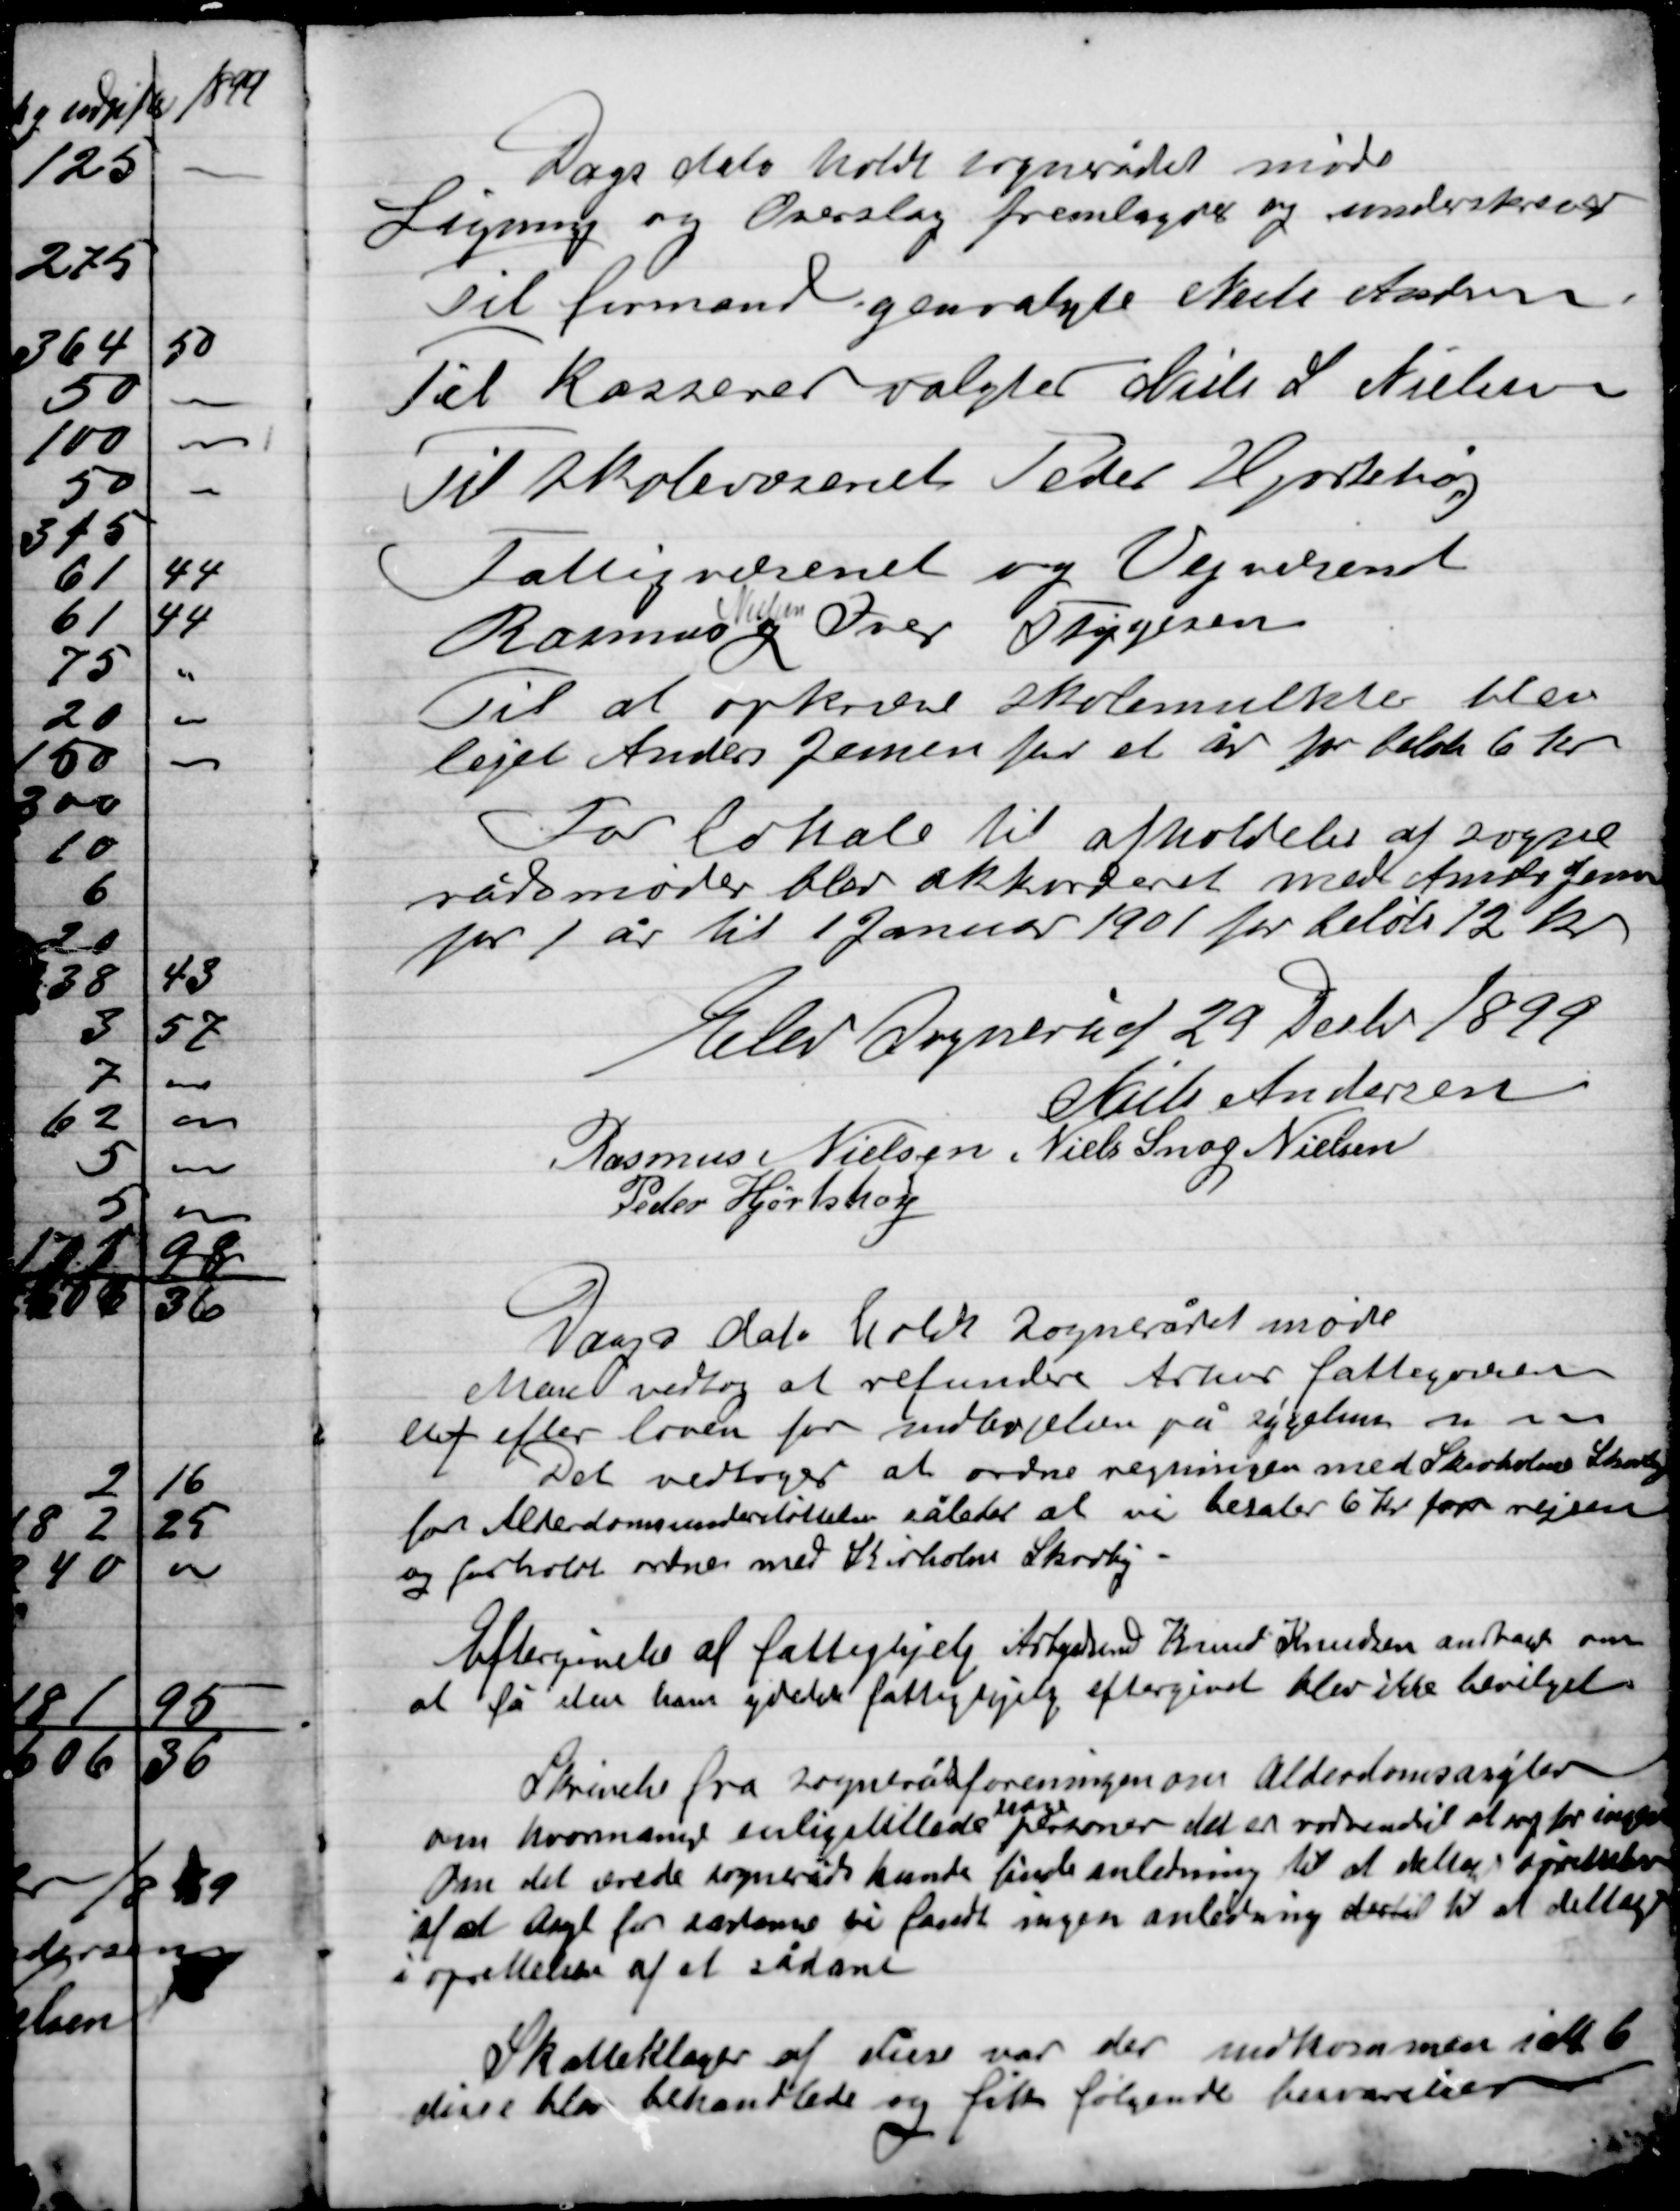
Transskription:
Dags dato holdt Sognerådet møde
Ligning og Overslag fremlagdes og underskreven
Til formand genvalgtes Niels Andersen
Til Kasserer valgtes Niels L. Nielsen
Til skolevæsenet Peder Hjortshøj
Fattigvæsenet og vejvæsenet
Rasmus
Nielsen
og Ivar Thygesen
Til at opkræve skolemulkter blev
Lejet Anders Jensen for et år for beløb 6 Kr.
For lokale til afholdelse af Sogne-
rådsmøder blev akkorderet maler Anders Jensen
for 1 år til 1 Januar 1901 for beløb 12 Kr.

Elev Sogneråd 29 Decbr. 1899

Niels Andersen
Rasmus Nielsen
Niels Snog Nielsen
Peder Hjortshøj

Dags dato hold Sognerådet møde
Man vedtog at refundere Arhus fattigvæsen
 efter loven for modbøjelen på sygehus m.m.
Det vedtoges at ordne regningen med Skisholms Skovby
for Alderdomsunderstøttelse således at vi betaler 6 Kr. for rejsen
og forhold ordne med Skisholms Skovby
Eftergivelse af fattighjælp Arbejdsmand Knud Knudsen andragende om
At få den hans gældes fattighjælp eftergivet blev ikke bevilget
Skrivelse fra Sognerådsforeningen om Alderdomsasyler
Om hvormange enligstillede
svage
 personer det er nødvendit at søge for ingen
den det ærede Sogneråd kunde finde anledning til at skulen oprettelse
af et Asyl for  vi fandt ingen anledning dertil til at deltage
i oprettelse af et sådant.
Skatteklager af disse var der indkommen i alt 6
Disse klage behandledes og fik følgende besvarelser: